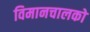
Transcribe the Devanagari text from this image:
विमानचालको